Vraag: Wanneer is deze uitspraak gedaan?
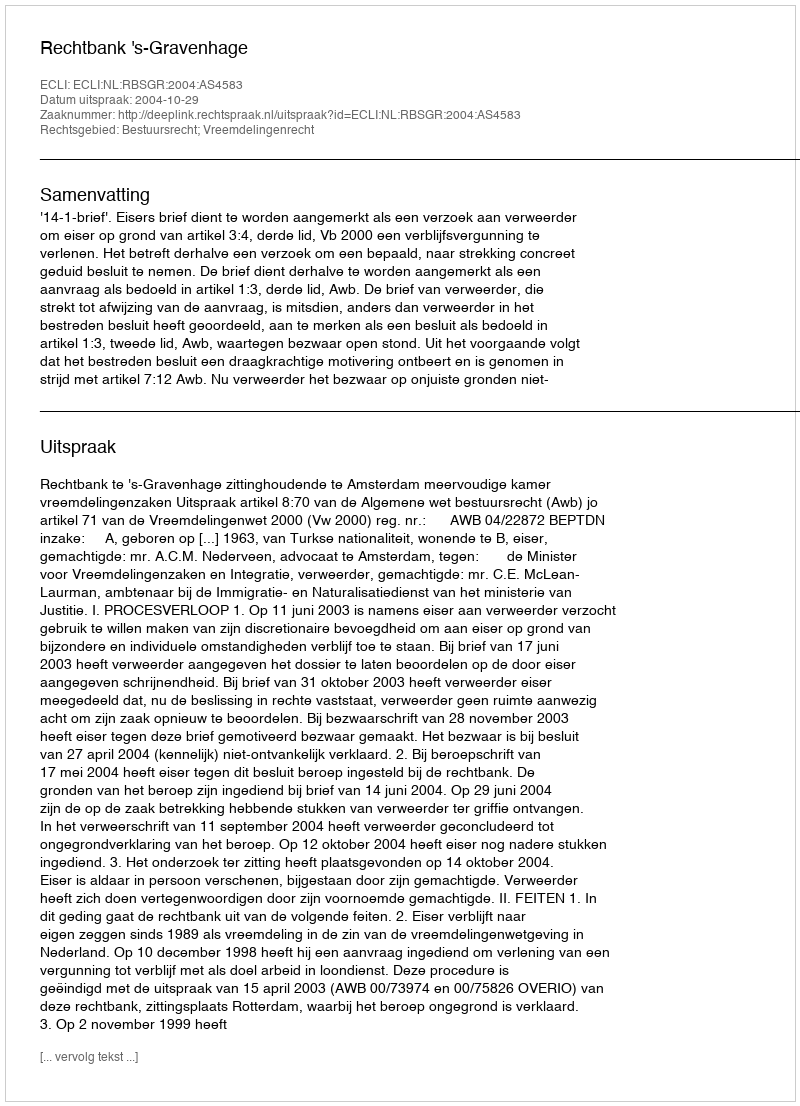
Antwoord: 2004-10-29